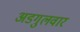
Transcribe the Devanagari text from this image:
अडगुलवार